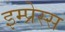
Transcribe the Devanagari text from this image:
इम्प्रेस्स